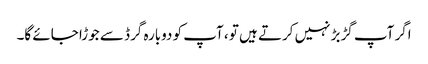
اگر آپ گڑبڑ نہیں کرتے ہیں تو ، آپ کو دوبارہ گرڈ سے جوڑا جائے گا۔